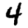
Digit: 4